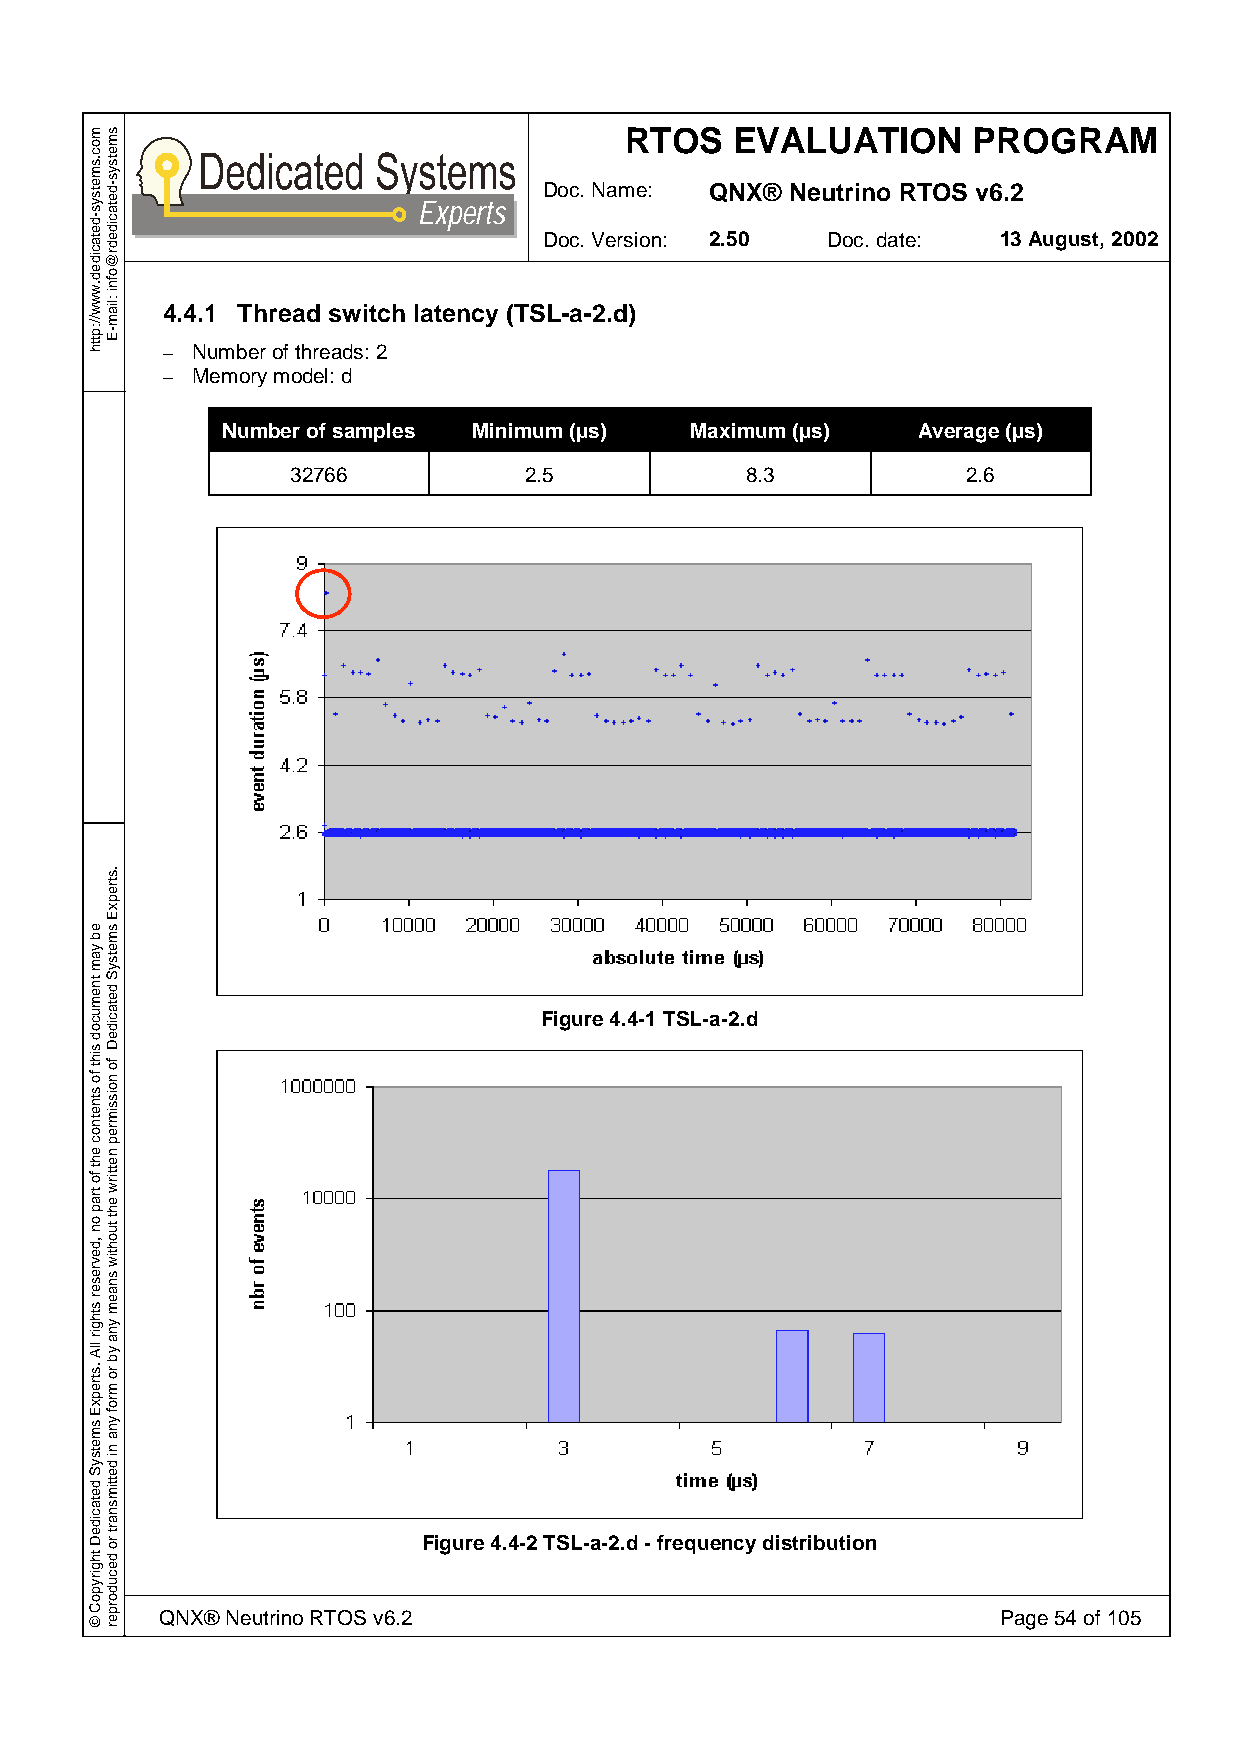
RTOS    EVALUATION     PROGRAM
 Doc. Name: QNX® Neutrino RTOS v6.2
 Experts
 Doc. Version: 2.50 Doc. date: 13 August, 2002
 4.4.1 Thread switch latency (TSL-a-2.d)
 – Number of threads: 2
 – Memory model: d
 Number of samples Minimum (µs) Maximum (µs)   Average (µs)
 32766           2.5           8.3            2.6
 Figure 4.4-1 TSL-a-2.d
 Figure 4.4-2 TSL-a-2.d - frequency distribution
 QNX® Neutrino RTOS v6.2                                Page 54 of 105
 moc.smetsys-detacided.www//:ptth
 eb
 yam
 tnemucod
 siht
 fo
 stnetnoc
 eht
 fo
 trap
 on
 ,devreser
 sthgir
 llA
 .strepxE
 smetsyS
 detacideD
 thgirypoC
 ©
 smetsys-detacidedr@ofni
 :liam-E
 .strepxE
 smetsyS
 detacideD
 fo
 noissimrep
 nettirw
 eht
 tuohtiw
 snaem
 yna
 yb
 ro
 mrof
 yna
 ni
 dettimsnart
 ro
 decudorper